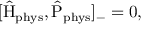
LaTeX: [ \hat { \mathrm { H } } _ { \mathrm { p h y s } } , \hat { \mathrm { P } } _ { \mathrm { p h y s } } ] _ { - } = 0 , \,